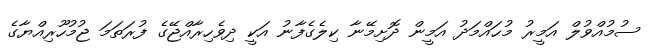
ސުމުއްވުލް އަމީރު މުޙައްމަދު އަމީން ދޮށިމޭނާ ކިލެގެފާނު އަކީ ދިވެހިރާއްޖޭގެ ފުރަތަމަ ޖުމުހޫރިއްޔާގެ